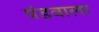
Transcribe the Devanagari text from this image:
पंडवाला